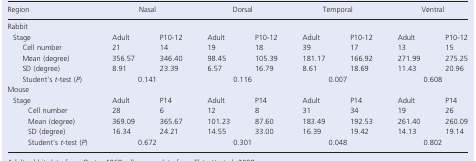
<table><thead><tr><td><b>Region</b></td><td colspan="2"><b>Nasal</b></td><td colspan="2"><b>Dorsal</b></td><td colspan="2"><b>Temporal</b></td><td colspan="2"><b>Ventral</b></td></tr></thead><tbody><tr><td colspan="9">Rabbit</td></tr><tr><td> Stage</td><td>Adult</td><td>P10-12</td><td>Adult</td><td>P10-12</td><td>Adult</td><td>P10-12</td><td>Adult</td><td>P10-12</td></tr><tr><td>Cell number</td><td>21</td><td>14</td><td>19</td><td>18</td><td>39</td><td>17</td><td>13</td><td>15</td></tr><tr><td>Mean (degree)</td><td>356.57</td><td>346.40</td><td>98.45</td><td>105.39</td><td>181.17</td><td>166.92</td><td>271.99</td><td>275.25</td></tr><tr><td>SD (degree)</td><td>8.91</td><td>23.39</td><td>6.57</td><td>16.79</td><td>8.61</td><td>18.69</td><td>11.43</td><td>20.96</td></tr><tr><td>Student's <i>t-</i>test (<i>P</i>)</td><td colspan="2">0.141</td><td colspan="2">0.116</td><td colspan="2">0.007</td><td colspan="2">0.608</td></tr><tr><td colspan="9">Mouse</td></tr><tr><td> Stage</td><td>Adult</td><td>P14</td><td>Adult</td><td>P14</td><td>Adult</td><td>P14</td><td>Adult</td><td>P14</td></tr><tr><td>Cell number</td><td>28</td><td>6</td><td>12</td><td>8</td><td>31</td><td>34</td><td>19</td><td>26</td></tr><tr><td>Mean (degree)</td><td>369.09</td><td>365.67</td><td>101.23</td><td>87.60</td><td>183.49</td><td>192.53</td><td>261.40</td><td>260.09</td></tr><tr><td>SD (degree)</td><td>16.34</td><td>24.21</td><td>14.55</td><td>33.00</td><td>16.39</td><td>19.42</td><td>14.13</td><td>19.14</td></tr><tr><td>Student's <i>t</i>-test (<i>P</i>)</td><td colspan="2">0.672</td><td colspan="2">0.301</td><td colspan="2">0.048</td><td colspan="2">0.802</td></tr></tbody></table>